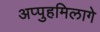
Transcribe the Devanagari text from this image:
अप्पुहमिलागे